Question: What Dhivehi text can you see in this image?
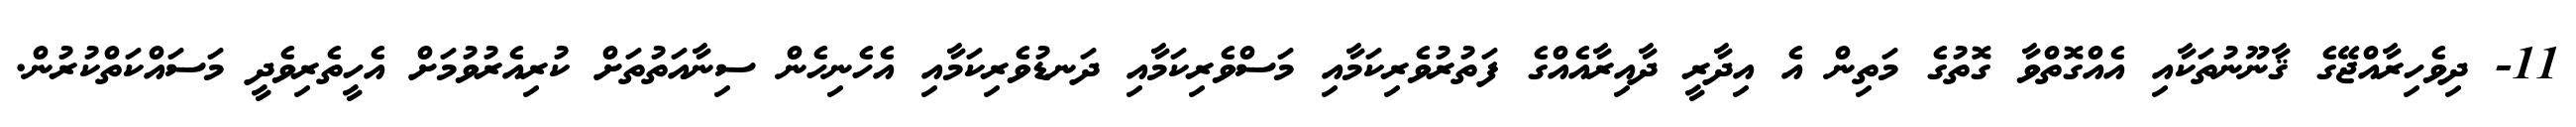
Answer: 11- ދިވެހިރާއްޖޭގެ ޤާނޫނުތަކާއި އެއްގޮތްވާ ގޮތުގެ މަތިން އެ އިދާރީ ދާއިރާއެއްގެ ފަތުރުވެރިކަމާއި މަސްވެރިކަމާއި ދަނޑުވެރިކަމާއި އެހެނިހެން ސިނާއަތުތަށް ކުރިއެރުވުމަށް އެހީތެރިވެދީ މަސައްކަތްކުރުން.